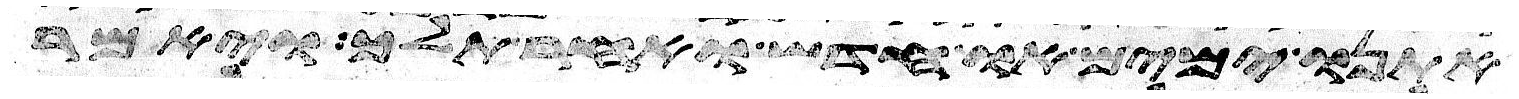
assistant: אתנו ימים או חדש ואחר תלך ויאמר